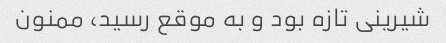
شیرینی تازه بود و به موقع رسید، ممنون